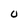
Character: 0